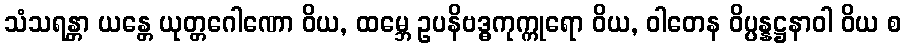
သံသရန္တာ ယန္တေ ယုတ္တဂေါဏော ဝိယ, ထမ္ဘေ ဥပနိဗဒ္ဓကုက္ကုရော ဝိယ, ဝါတေန ဝိပ္ပန္နဋ္ဌနာဝါ ဝိယ စ